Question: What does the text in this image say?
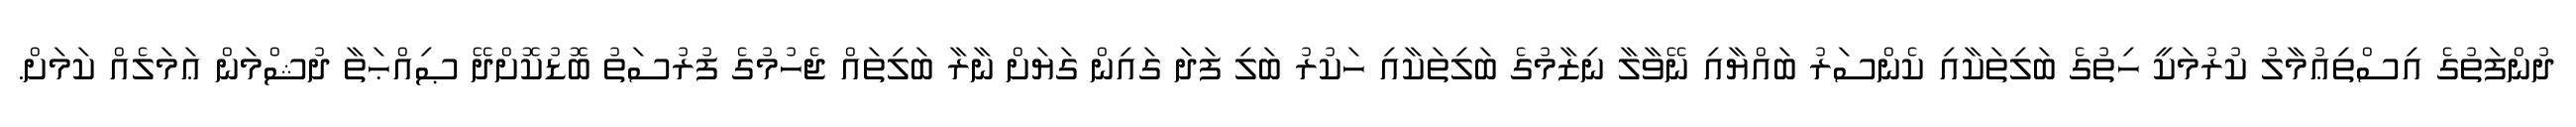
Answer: ދުންފަތުގެ އިސްތިޢުމާލު ކުރުމަކީ ހިތުގެ ބަލިތަކާއި ކެންސަރު ބައްޔާއި ނޭވާލާ ނިޒާމުގެ ބަލިތަކާއި ހަކުރު ބަލި ފަދަ ގައިން ގަޔަށް ނާރާ ބަލިތައް ޖެހުމުގެ ފުރުސަތު ބޮޑުކޮށްދޭ ޞިއްޙަތާ ދުޝްމަން ޢަމަލެއް ކަމަށް.